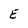
Character: E